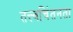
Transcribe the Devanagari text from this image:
तत्त्वचिंतनता